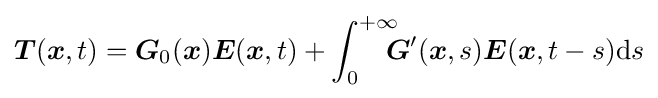
{\boldsymbol {T}}({\boldsymbol {x}},t)={\boldsymbol {G}}_{0}({\boldsymbol {x}}){\boldsymbol {E}}({\boldsymbol {x}},t)+\int _{0}^{+\infty }\!\!\!\!{\boldsymbol {G}}^{\prime }({\boldsymbol {x}},s){\boldsymbol {E}}({\boldsymbol {x}},t-s)\mathrm {d} s